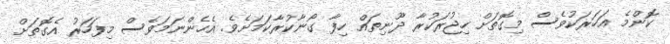
ކޮންމެ އަހަރަކުވެސް މިގޮތަށް ހިޖުރަކުރާ ދޫނިތައް ހިފާ ގޯނާކުރާކަމަށެވެ. އެހެންނަމަވެސް މިފަހަރު އެގޮތަށް